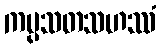
ကပ္ပသတသဟဿံ